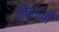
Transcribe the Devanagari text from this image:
नेवाजो